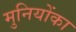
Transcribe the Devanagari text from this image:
मुनियोंका